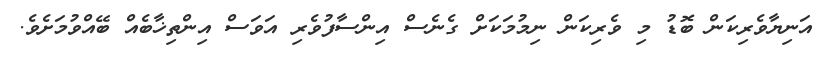
އަނިޔާވެރިކަން ބޮޑު މި ވެރިކަން ނިމުމަކަށް ގެނެސް އިންސާފުވެރި އަވަސް އިންތިޚާބެއް ބޭއްވުމަށެވެ.